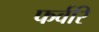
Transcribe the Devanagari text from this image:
फर्वरि